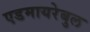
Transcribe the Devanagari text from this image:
एडमायरेबुल